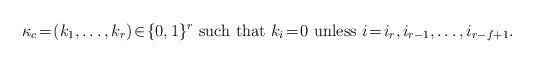
\begin{align*}\kappa_c\!=\!(k_1,\dots,k_r)\!\in\!\{0,1\}^r\mbox{ such that $k_i\!=\!0$ unless $i\!=\!i_r,i_{r-1},\dots,i_{r-f+1}$.}\end{align*}